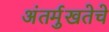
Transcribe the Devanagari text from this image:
अंतर्मुखतेचे